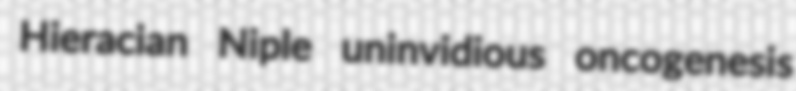
Hieracian Niple uninvidious oncogenesis